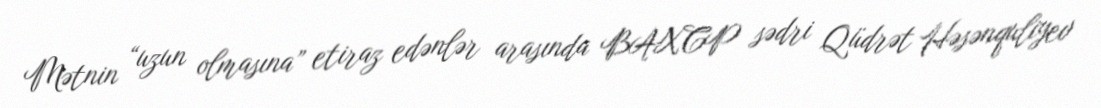
Mətnin “uzun olmasına” etiraz edənlər arasında BAXCP sədri Qüdrət Həsənquliyev